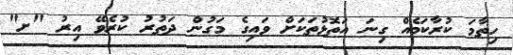
ހިތާމަ ކުރާކަމެއް ގިނަ އަތޮޅުތަކަށް ވައިގެ މަގުން ދަތުރު ކުރެވޭ އިރު "ށ"